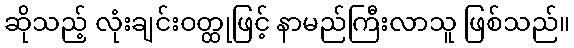
ဆိုသည့် လုံးချင်းဝတ္ထုဖြင့် နာမည်ကြီးလာသူ ဖြစ်သည်။